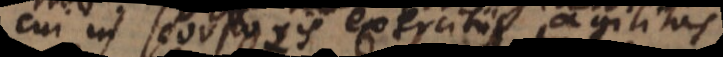
cui in corporis exercitiis agilitas